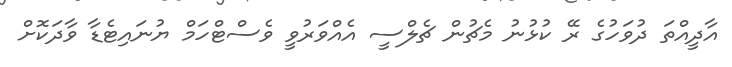
އާދީއްތަ ދުވަހުގެ ރޭ ކުޅުނު މެޗުން ޗެލްސީ އެއްވަރުވީ ވެސްޓްހަމް ޔުނައިޓެޑާ ވާދަކޮށް